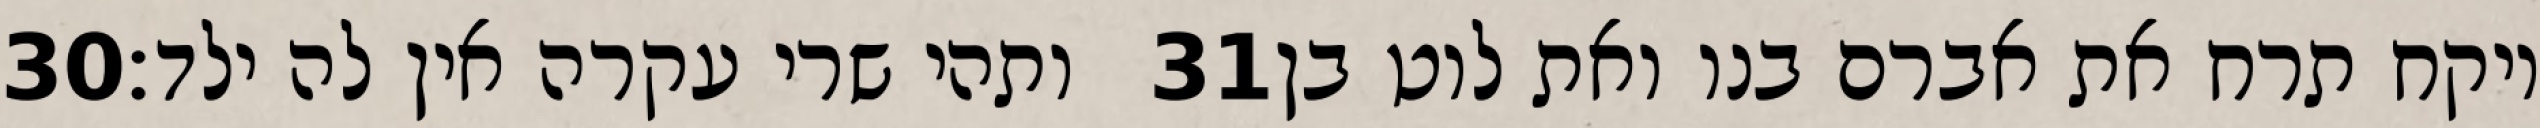
‎30‏ ותהי שרי עקרה אין לה ילד׃ ‎31‏ ויקח תרח את אברם בנו ואת לוט בן